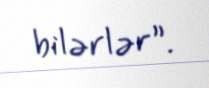
bilərlər”.